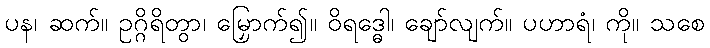
ပန၊ ဆက်။ ဥဂ္ဂိရိတွာ၊ မြှောက်၍။ ဝိရဒ္ဓေါ၊ ချော်လျက်။ ပဟာရံ၊ ကို။ သစေ